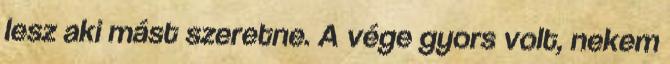
lesz aki mást szeretne. A vége gyors volt, nekem